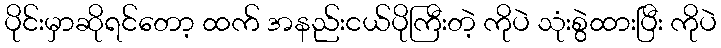
ပိုင်းမှာဆိုရင်တော့ ထက် အနည်းငယ်ပိုကြီးတဲ့ ကိုပဲ သုံးစွဲထားပြီး ကိုပဲ